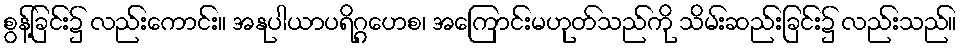
စွန့်ခြင်း၌ လည်းကောင်း။ အနုပါယာပရိဂ္ဂဟေစ၊ အကြောင်းမဟုတ်သည်ကို သိမ်းဆည်းခြင်း၌ လည်းသည်။